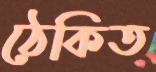
ঠেকিত